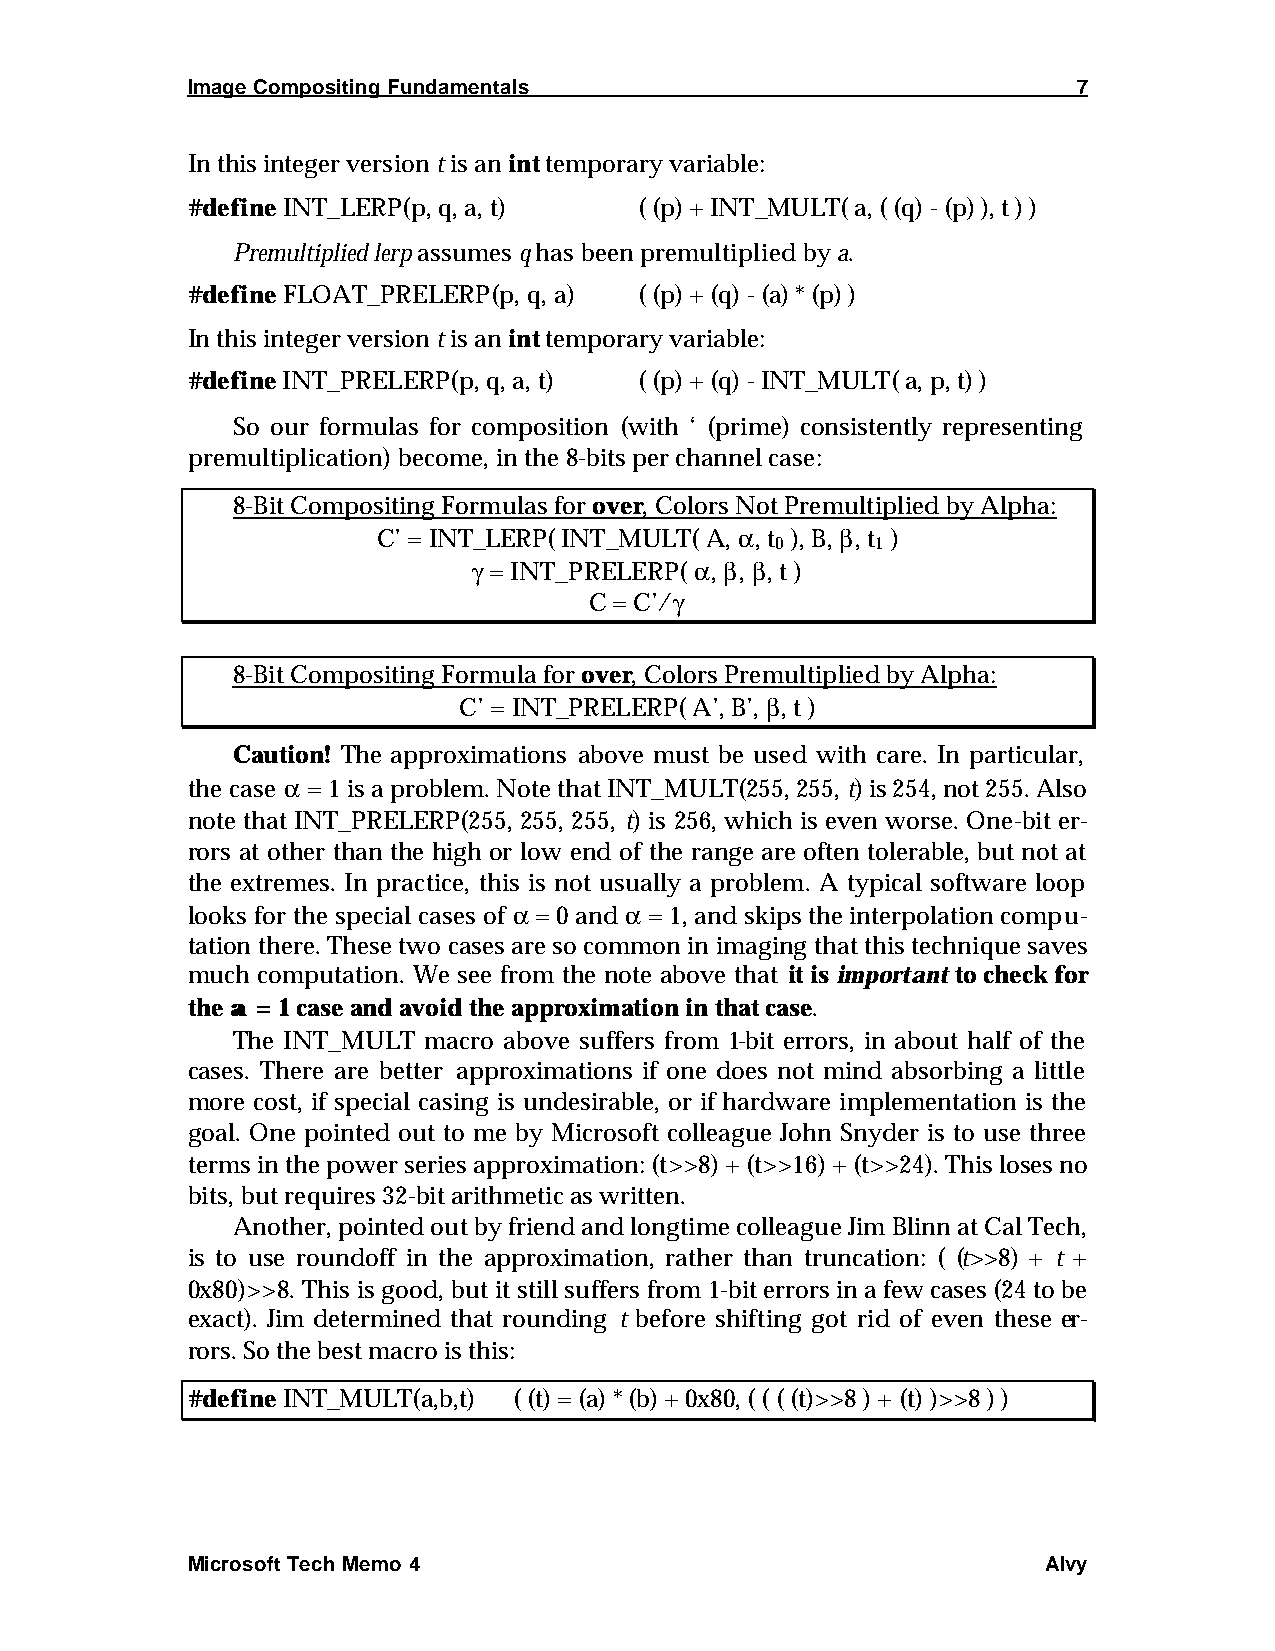
Image Compositing Fundamentals                             7
 In this integer version t is an int temporary variable:
 #define INT_LERP(p, q, a, t)  ( (p) + INT_MULT( a, ( (q) - (p) ), t ) )
 Premultiplied lerp assumes q has been premultiplied by a.
 #define FLOAT_PRELERP(p, q, a) ( (p) + (q) - (a) * (p) )
 In this integer version t is an int temporary variable:
 #define INT_PRELERP(p, q, a, t) ( (p) + (q) - INT_MULT( a, p, t) )
 So our formulas for composition (with ‘ (prime) consistently representing
 premultiplication) become, in the 8-bits per channel case:
 8-Bit Compositing Formulas for over, Colors Not Premultiplied by Alpha:
 C’ = INT_LERP( INT_MULT( A, a , t ), B, b , t )
 0      1
 g = INT_PRELERP( a , b , b , t )
 C = C’/g
 8-Bit Compositing Formula for over, Colors Premultiplied by Alpha:
 C’ = INT_PRELERP( A’, B’, b , t )
 Caution! The approximations above must be used with care. In particular,
 the case a = 1 is a problem. Note that INT_MULT(255, 255, t) is 254, not 255. Also
 note that INT_PRELERP(255, 255, 255, t) is 256, which is even worse. One-bit er-
 rors at other than the high or low end of the range are often tolerable, but not at
 the extremes. In practice, this is not usually a problem. A typical software loop
 looks for the special cases of a = 0 and a = 1, and skips the interpolation compu-
 tation there. These two cases are so common in imaging that this technique saves
 much computation. We see from the note above that it is important to check for
 the aa = 1 case and avoid the approximation in that case.
 The INT_MULT macro above suffers from 1-bit errors, in about half of the
 cases. There are better approximations if one does not mind absorbing a little
 more cost, if special casing is undesirable, or if hardware implementation is the
 goal. One pointed out to me by Microsoft colleague John Snyder is to use three
 terms in the power series approximation: (t>>8) + (t>>16) + (t>>24). This loses no
 bits, but requires 32-bit arithmetic as written.
 Another, pointed out by friend and longtime colleague Jim Blinn at Cal Tech,
 is to use roundoff in the approximation, rather than truncation: ( (t>>8) + t +
 0x80)>>8. This is good, but it still suffers from 1-bit errors in a few cases (24 to be
 exact). Jim determined that rounding t before shifting got rid of even these er-
 rors. So the best macro is this:
 #define INT_MULT(a,b,t) ( (t) = (a) * (b) + 0x80, ( ( ( (t)>>8 ) + (t) )>>8 ) )
 Microsoft Tech Memo 4                                    Alvy